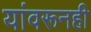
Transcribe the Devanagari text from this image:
यांवरूनही